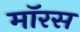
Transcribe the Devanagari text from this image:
मॉरस